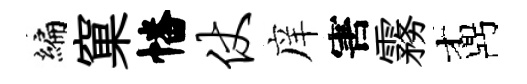
编窠幡仗庠害霧鼒